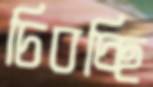
চিবচ্ছি